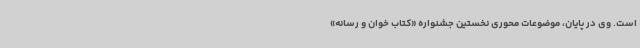
است. وی در پایان، موضوعات محوری نخستین جشنواره «کتاب خوان و رسانه»